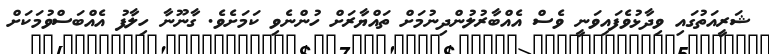
ޝަރީއަތުގައި ވިދާޅުވެފައިވަނީ ވެސް އެއްބާރުލުންދިނުމަށް ތައްޔާރަށް ހުންނެވި ކަމަށެވެ. ގާނޫނާ ހިލާފު އެއްބަސްވުމަކަށް